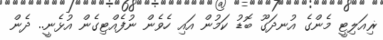
ޜިއަލިޓީ މެންގެ އުނދަގޫ ބޮޑު ކަމުން އައި ހެވެން ނުފެއްޓިގެން އުޅެނީ.. ދެން